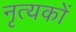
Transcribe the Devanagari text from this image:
नृत्यकों